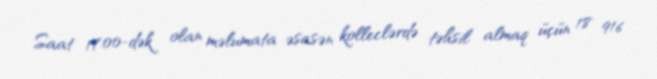
Saat 17:00-dək olan məlumata əsasən kolleclərdə təhsil almaq üçün 18 916